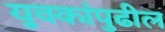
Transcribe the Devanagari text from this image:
युवकांपुढील